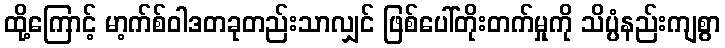
ထို့ကြောင့် မာ့က်စ်ဝါဒတခုတည်းသာလျှင် ဖြစ်ပေါ်တိုးတက်မှုကို သိပ္ပံနည်းကျစွာ